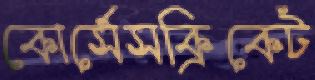
কোর্সেসক্রিকেট